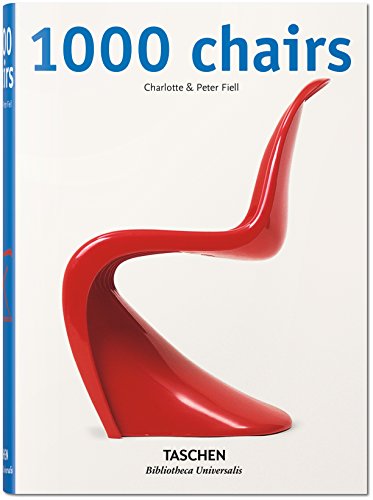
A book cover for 1000 Chairs; Charlotte & Peter Fiell; Arts & Photography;